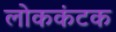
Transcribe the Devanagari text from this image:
लोककंटक